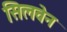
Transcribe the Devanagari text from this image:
सिलवेन